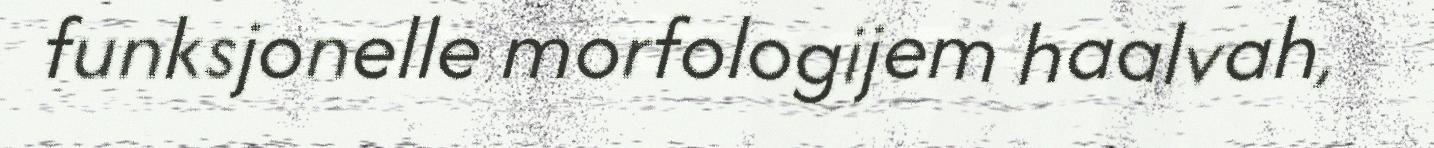
funksjonelle morfologijem haalvah,